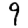
Digit: 9